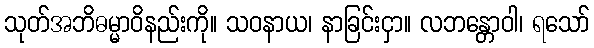
သုတ်အဘိဓမ္မာဝိနည်းကို။ သဝနာယ၊ နာခြင်းငှာ။ လဘန္တောဝါ၊ ရသော်